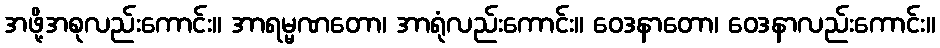
အဖို့အစုလည်းကောင်း။ အာရမ္မဏတော၊ အာရုံလည်းကောင်း။ ဝေဒနာတော၊ ဝေဒနာလည်းကောင်း။